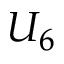
U _ { 6 }